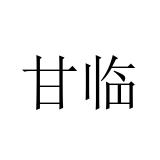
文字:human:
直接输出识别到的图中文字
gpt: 甘临